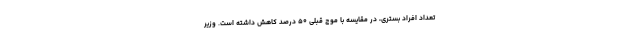
تعداد افراد بستری، در مقایسه با موج قبلی ۵۰ درصد کاهش داشته است. وزیر